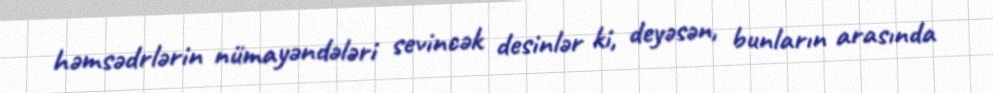
həmsədrlərin nümayəndələri sevincək desinlər ki, deyəsən, bunların arasında